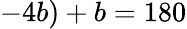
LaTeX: -4b)+b=180